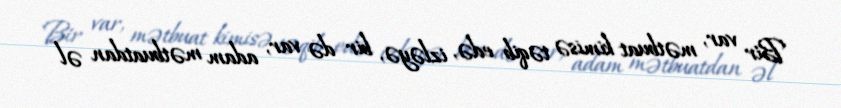
Bir var, mətbuat kimisə təqib edə, izləyə, bir də var, adam mətbuatdan əl